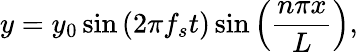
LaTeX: y=y_{0}\sin{(2\pi f_{s}t)}\sin{\Bigl(\frac{n\pi x}{L}\Bigr)},